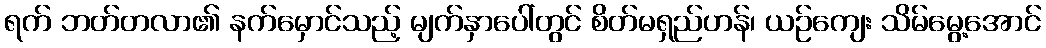
ရက် ဘတ်တလာ၏ နက်မှောင်သည့် မျက်နှာပေါ်တွင် စိတ်မရှည်ဟန်၊ ယဉ်ကျေး သိမ်မွေ့အောင်